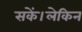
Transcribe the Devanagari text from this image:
सकें।लेकिन